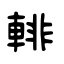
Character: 輫